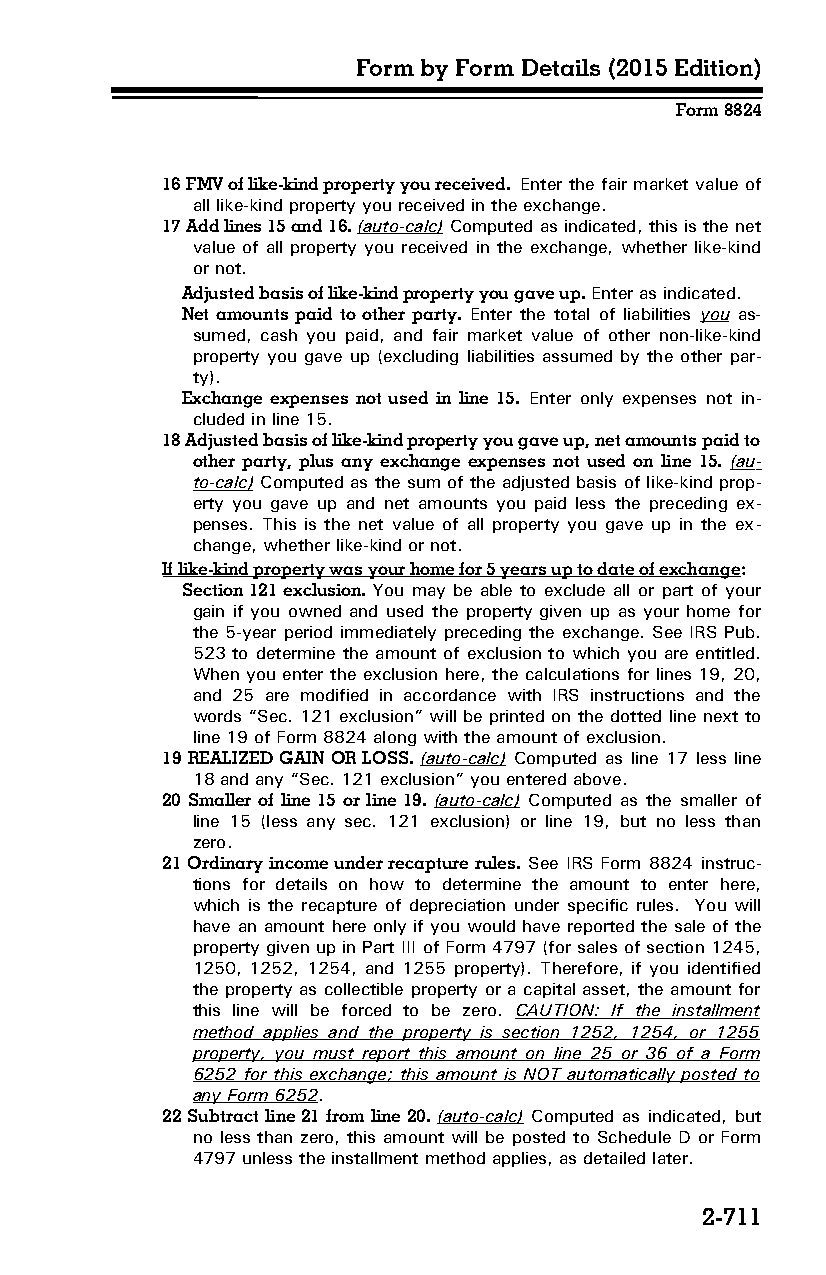
Form by Form Details (2015 Edition)
 Form 8824
 16 FMV of like-kind property you received. Enter the fair market value of
 all like-kind property you received in the exchange.
 17 Add lines 15 and 16. (auto-calc) Computed as indicated, this is the net
 value of all property you received in the exchange, whether like-kind
 or not.
 Adjusted basis of like-kind property you gave up. Enter as indicated.
 Net amounts paid to other party. Enter the total of liabilities you as­
 sumed, cash you paid, and fair market value of other non-like-kind
 property you gave up (excluding liabilities assumed by the other par­
 ty).
 Exchange expenses not used in line 15. Enter only expenses not in­
 cluded in line 15.
 18 Adjusted basis of like-kind property you gave up, net amounts paid to
 other party, plus any exchange expenses not used on line 15. (au­
 to-calc) Computed as the sum of the adjusted basis of like-kind prop­
 erty you gave up and net amounts you paid less the preceding ex­
 penses. This is the net value of all property you gave up in the ex­
 change, whether like-kind or not.
 If like-kind property was your home for 5 years up to date of exchange:
 Section 121 exclusion. You may be able to exclude all or part of your
 gain if you owned and used the property given up as your home for
 the 5-year period immediately preceding the exchange. See IRS Pub.
 523 to determine the amount of exclusion to which you are entitled.
 When you enter the exclusion here, the calculations for lines 19, 20,
 and 25 are modified in accordance with IRS instructions and the
 words “Sec. 121 exclusion” will be printed on the dotted line next to
 line 19 of Form 8824 along with the amount of exclusion.
 19 REALIZED GAIN OR LOSS. (auto-calc) Computed as line 17 less line
 18 and any “Sec. 121 exclusion” you entered above.
 20 Smaller of line 15 or line 19. (auto-calc) Computed as the smaller of
 line 15 (less any sec. 121 exclusion) or line 19, but no less than
 zero.
 21 Ordinary income under recapture rules. See IRS Form 8824 instruc­
 tions for details on how to determine the amount to enter here,
 which is the recapture of depreciation under specific rules. You will
 have an amount here only if you would have reported the sale of the
 property given up in Part III of Form 4797 (for sales of section 1245,
 1250, 1252, 1254, and 1255 property). Therefore, if you identified
 the property as collectible property or a capital asset, the amount for
 this line will be forced to be zero. CAUTION: If the installment
 method applies and the property is section 1252, 1254, or 1255
 property, you must report this amount on line 25 or 36 of a Form
 6252 for this exchange; this amount is NOT automatically posted to
 any Form 6252.
 22 Subtract line 21 from line 20. (auto-calc) Computed as indicated, but
 no less than zero, this amount will be posted to Schedule D or Form
 4797 unless the installment method applies, as detailed later.
 2-711